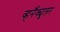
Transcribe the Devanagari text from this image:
व्हर्नॅक्यूलर